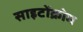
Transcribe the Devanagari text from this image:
साइटोंक्रोम